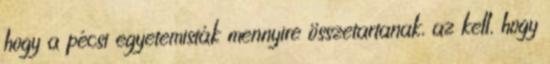
hogy a pécsi egyetemisták mennyire összetartanak, az kell, hogy